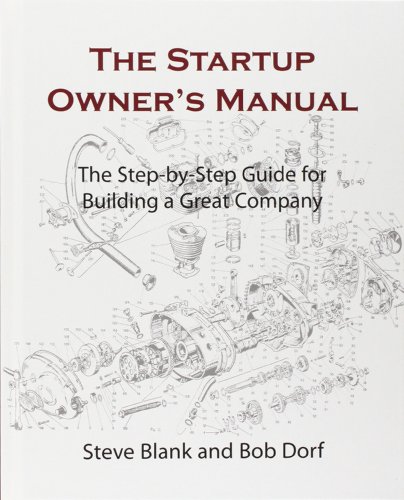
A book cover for The Startup Owner's Manual: The Step-By-Step Guide for Building a Great Company; Steve Blank; Business & Money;